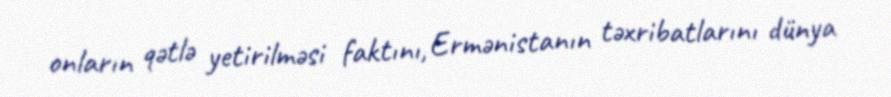
onların qətlə yetirilməsi faktını, Ermənistanın təxribatlarını dünya